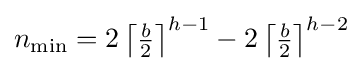
n_{\min }=2\left\lceil {\tfrac {b}{2}}\right\rceil ^{h-1}-2\left\lceil {\tfrac {b}{2}}\right\rceil ^{h-2}